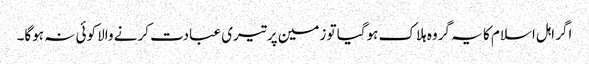
اگر اہل اسلام کا یہ گروہ ہلاک ہوگیا تو زمین پر تیری عبادت کرنے والا کوئی نہ ہوگا۔